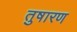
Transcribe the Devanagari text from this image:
तुषारण